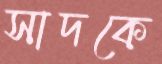
সাদকে